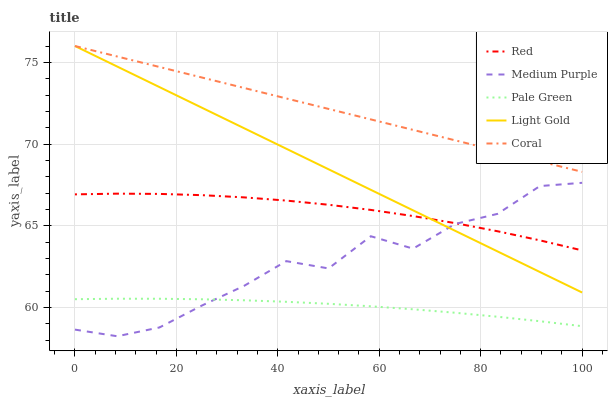
| xaxis_label | Red | Medium Purple | Pale Green | Light Gold | Coral |
 | --- | --- | --- | --- | --- | --- |
 | 0 | 66.9 | 58.6 | 60.5 | 76 | 76 |
 | 8.33 | 67 | 58.2 | 60.5 | 74.7 | 75.4 |
 | 16.7 | 67 | 58.8 | 60.5 | 73.5 | 74.7 |
 | 25 | 66.9 | 60.1 | 60.5 | 72.2 | 74.1 |
 | 33.3 | 66.7 | 61.3 | 60.4 | 71 | 73.4 |
 | 41.7 | 66.5 | 62.8 | 60.4 | 69.7 | 72.8 |
 | 50 | 66.3 | 62.4 | 60.2 | 68.5 | 72.2 |
 | 58.3 | 66 | 64.4 | 60.1 | 67.2 | 71.5 |
 | 66.7 | 65.6 | 63.6 | 59.9 | 65.9 | 70.9 |
 | 75 | 65.2 | 65.1 | 59.7 | 64.7 | 70.2 |
 | 83.3 | 64.7 | 65.7 | 59.4 | 63.4 | 69.6 |
 | 91.7 | 64.1 | 67.4 | 59.2 | 62.2 | 68.9 |
 | 100 | 63.5 | 67.6 | 58.9 | 60.9 | 68.3 |